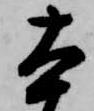
本